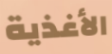
الأغذية